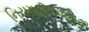
નિયમહીનપણાની